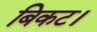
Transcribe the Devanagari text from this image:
बिकट।